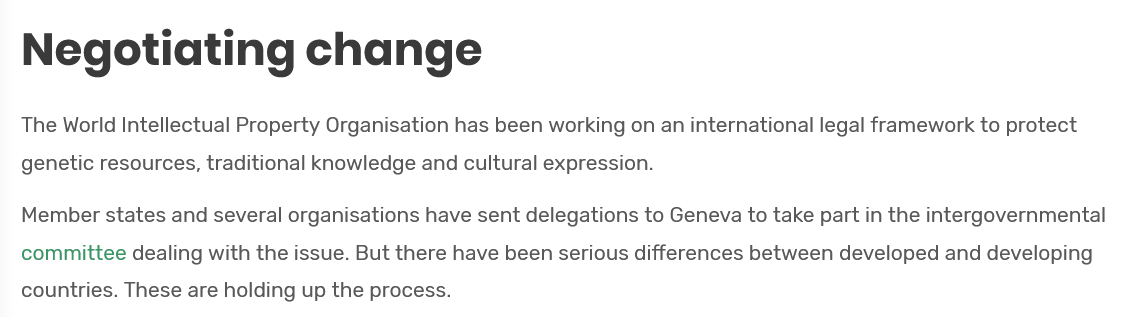
Negotiating    change
  The World Intellectual Property Organisation has been working on an international legal framework to protect
  genetic resources, traditional knowledge and cultural expression.
   Member states and several organisations have sent delegations to Geneva to take part in the intergovernment.
  committee dealing with the issue. But there have been serious differences between developed and developing
  countries. These are holding up the process.